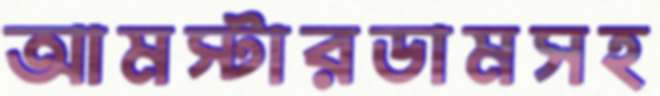
আমস্টারডামসহ